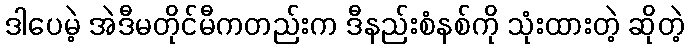
ဒါပေမဲ့ အဲဒီမတိုင်မီကတည်းက ဒီနည်းစံနစ်ကို သုံးထားတဲ့ ဆိုတဲ့